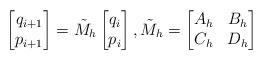
LaTeX: \begin{align*}\left[ \begin{matrix}q_{i+1}\\p_{i+1}\end{matrix}\right] = \tilde{M}_h\left[ \begin{matrix}q_i\\p_i\end{matrix}\right],\tilde{M}_h=\left[ \begin{matrix}A_h& B_h\\ C_h & D_h\end{matrix}\right]\end{align*}